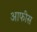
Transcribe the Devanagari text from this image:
आफीस